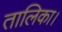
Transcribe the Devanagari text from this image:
तालिका।